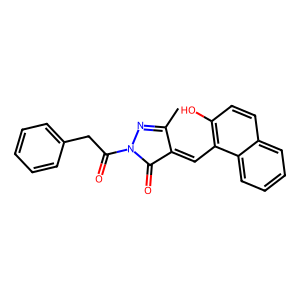
SMILES: CC1=NN(C(=O)Cc2ccccc2)C(=O)C1=Cc1c(O)ccc2ccccc12
Inhibits HIV replication: No